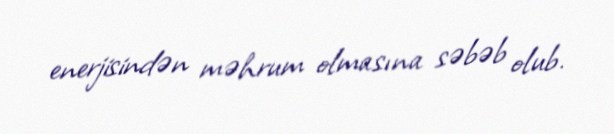
enerjisindən məhrum olmasına səbəb olub.